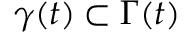
\gamma ( t ) \subset \Gamma ( t )